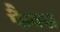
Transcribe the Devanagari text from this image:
फैक्‍स